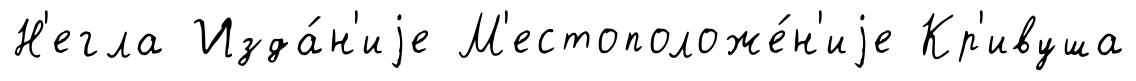
Н'егла Изда́н'иjе М'естоположе́н'иjе Кр'ивуша